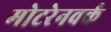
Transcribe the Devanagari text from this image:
मोटरेनवर्क